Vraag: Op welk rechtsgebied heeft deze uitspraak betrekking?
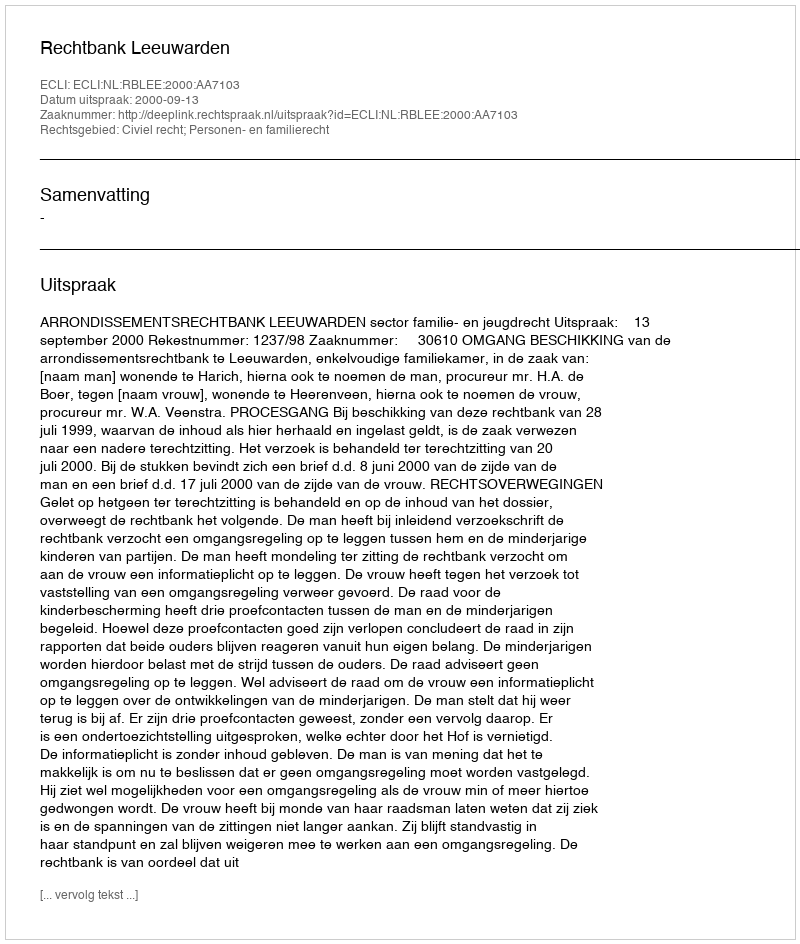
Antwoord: Civiel recht; Personen- en familierecht